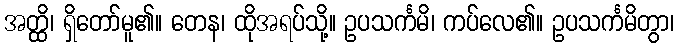
အတ္ထိ၊ ရှိတော်မူ၏။ တေန၊ ထိုအရပ်သို့။ ဥပသင်္ကမိ၊ ကပ်လေ၏။ ဥပသင်္ကမိတွာ၊